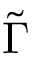
\tilde { \Gamma }